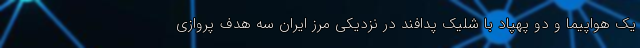
یک هواپیما و دو پهپاد با شلیک پدافند در نزدیکی مرز ایران سه هدف پروازی